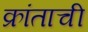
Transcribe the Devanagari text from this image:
क्रांताची